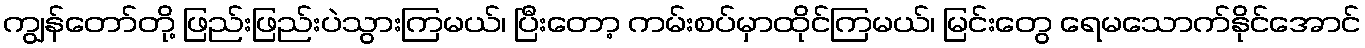
ကျွန်တော်တို့ ဖြည်းဖြည်းပဲသွားကြမယ်၊ ပြီးတော့ ကမ်းစပ်မှာထိုင်ကြမယ်၊ မြင်းတွေ ရေမသောက်နိုင်အောင်